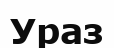
Ураз